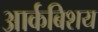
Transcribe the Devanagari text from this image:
आर्कबिशय